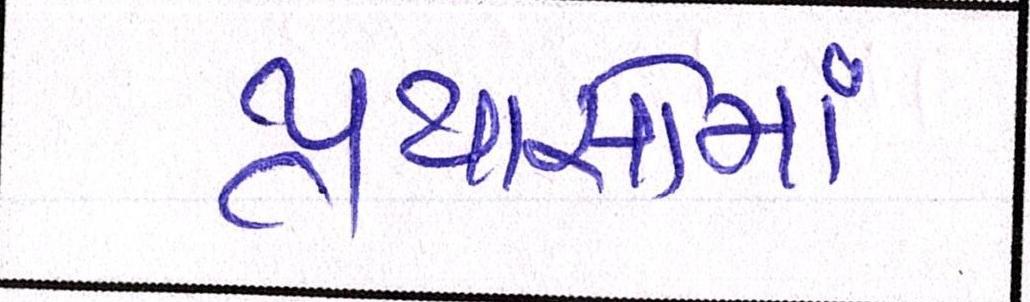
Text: પ્રયાસોમાં